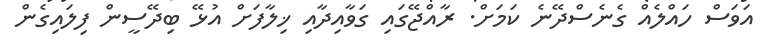
އަވަސް ހައްލެއް ގެނެސްދޭނެ ކަމަށް. ރާއްޖޭގައި ގަވާއިދާއި ޚިލާފަށް އުޅޭ ބިދޭސީން ފިލައިގެން